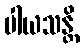
ပါယသန္တိ